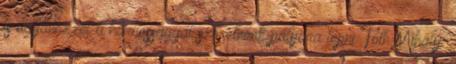
is ugyanezzel a harcossággal szeretnénk pályára lépni. Tóth Mihály: